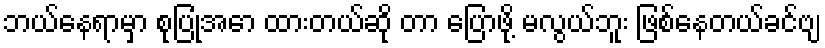
ဘယ်နေရာမှာ စုပြုံအော ထားတယ်ဆို တာ ပြောဖို့ မလွယ်ဘူး ဖြစ်နေတယ်ခင်ဗျ